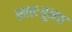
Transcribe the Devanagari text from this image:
स्वतःतूनच